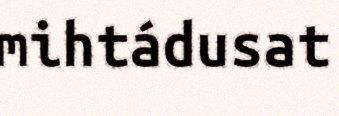
mihtádusat